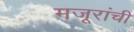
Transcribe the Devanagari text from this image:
मजूरांची